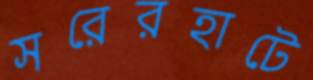
সরেরহাটে